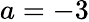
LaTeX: a=-3